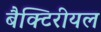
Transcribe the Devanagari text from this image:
बैक्टिरीयल